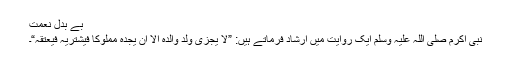
بے بدل نعمت
نبی اکرم صلی اللہ علیہ وسلم ایک روایت میں ارشاد فرماتے ہیں: ”لا یجزی ولد والدہ الا ان یجدہ مملوکا فیشتریہ فیعتقہ“۔